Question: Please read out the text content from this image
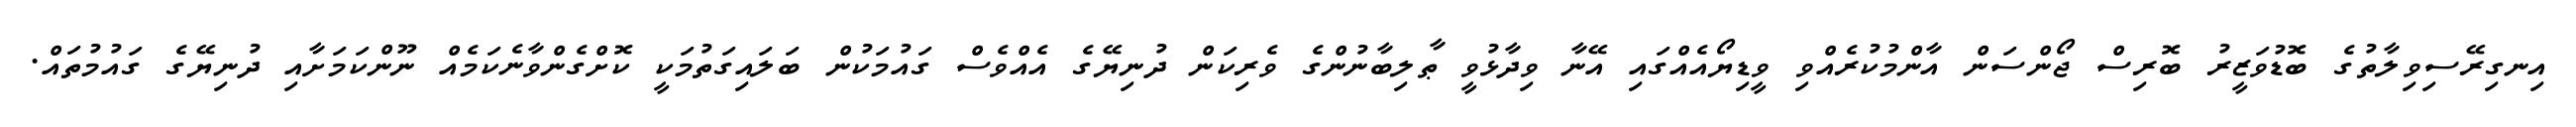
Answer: އިނގިރޭސިވިލާތުގެ ބޮޑުވަޒީރު ބޮރިސް ޖޯންސަން އާންމުކުރެއްވި ވީޑިޔޯއެއްގައި އޭނާ ވިދާޅުވީ ޠާލިބާނުންގެ ވެރިކަން ދުނިޔޭގެ އެއްވެސް ގައުމަކުން ބަލައިގަތުމަކީ ކޮށްގެންވާނެކަމެއް ނޫންކަމަށާއި ދުނިޔޭގެ ގައުމުތައް.